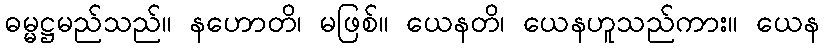
ဓမ္မဋ္ဌမည်သည်။ နဟောတိ၊ မဖြစ်။ ယေနတိ၊ ယေနဟူသည်ကား။ ယေန